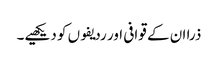
ذرا ان کے قوافی اور ردیفوں کو دیکھیے۔